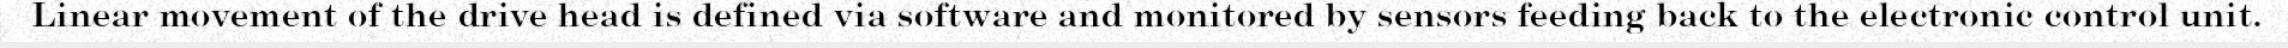
Linear movement of the drive head is defined via software and monitored by sensors feeding back to the electronic control unit.